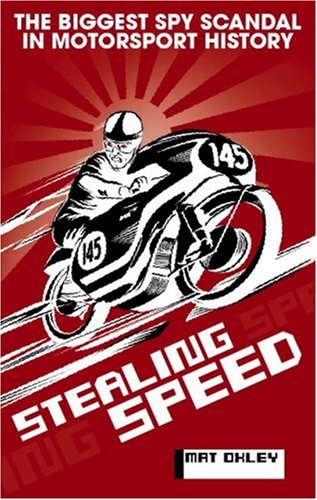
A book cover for Stealing Speed: The biggest spy scandal in motorsport history; Mat Oxley; Sports & Outdoors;